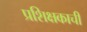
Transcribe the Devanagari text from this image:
प्रशिक्षकाची